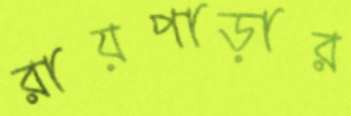
রায়পাড়ার